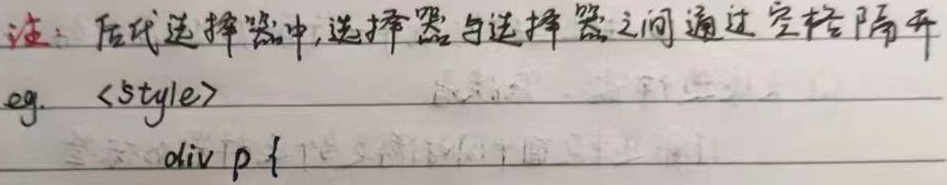
注：后代选择器中，选择器与选择器之间通过空格隔开eg.